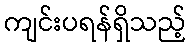
ကျင်းပရန်ရှိသည့်